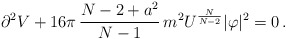
\begin{align*}\partial^2 V +16\pi\,\frac{N-2+a^2}{N-1}\,m^2U^{\frac{N}{N-2}}|\varphi|^2=0\, .\end{align*}